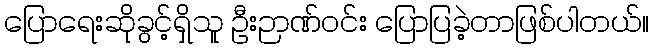
ပြောရေးဆိုခွင့်ရှိသူ ဦးဉာဏ်ဝင်း ပြောပြခဲ့တာဖြစ်ပါတယ်။